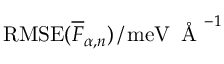
\mathrm { R M S E } ( \overline { { F } } _ { \alpha , n } ) \, / \, \mathrm { m e V } \, \mathrm { ~ \AA ~ } ^ { - 1 }